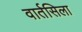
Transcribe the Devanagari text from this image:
वार्तसिला